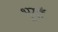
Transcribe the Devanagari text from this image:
भूयाँ